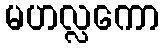
မဟလ္လကော